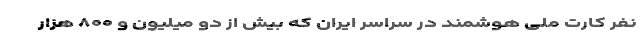
نفر کارت ملی هوشمند در سراسر ایران که بیش از دو میلیون و ۸۰۰ هزار